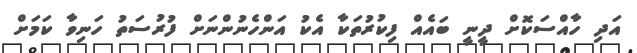
އަދި ހާއްސަކޮށް ދީނީ ބައެއް ފިކުރުތަކާ އެކު އަންހެނުންނަށް ފުރުސަތު ހަނިވާ ކަމަށް